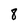
Character: 8